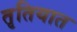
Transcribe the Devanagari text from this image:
तृतियात